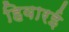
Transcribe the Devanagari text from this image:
हिवारई